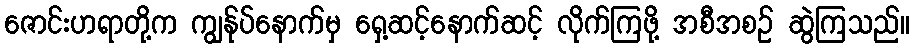
ဇောင်းဟရာတို့က ကျွန်ုပ်နောက်မှ ရှေ့ဆင့်နောက်ဆင့် လိုက်ကြဖို့ အစီအစဉ် ဆွဲကြသည်။